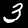
Digit: 3